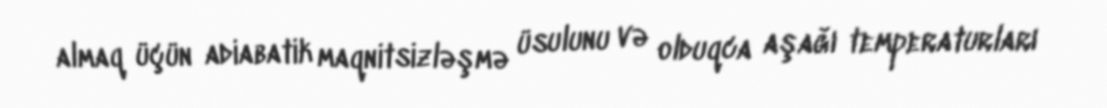
almaq üçün adiabatik maqnitsizləşmə üsulunu və olduqca aşağı temperaturları